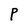
Character: P